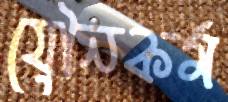
যৌনকর্ম